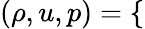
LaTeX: \begin{array}{r}{(\rho,u,p)=\left\{ \begin{array}{ll}\end{array}\right.}\end{array}